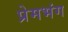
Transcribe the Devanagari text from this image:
प्रेमभंग